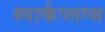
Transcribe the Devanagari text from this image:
स्पार्कप्लग्स